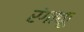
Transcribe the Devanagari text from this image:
रंगाकू